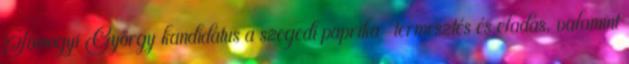
Somogyi György kandidátus a szegedi paprika-termesztés és eladás, valamint